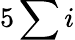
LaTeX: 5\sum i